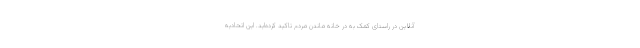
آنلاین در راستای کمک به در خانه ماندن مردم تاکید کرده‌اید. این اتحادیه